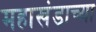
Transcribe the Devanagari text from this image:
महाखंडाच्या